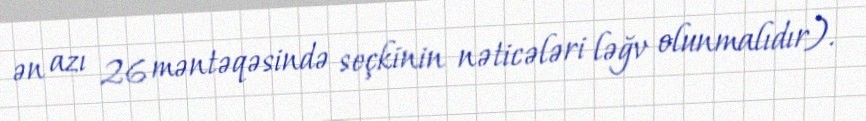
ən azı 26 məntəqəsində seçkinin nəticələri ləğv olunmalıdır).